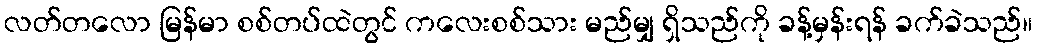
လတ်တလော မြန်မာ စစ်တပ်ထဲတွင် ကလေးစစ်သား မည်မျှ ရှိသည်ကို ခန့်မှန်းရန် ခက်ခဲသည်။